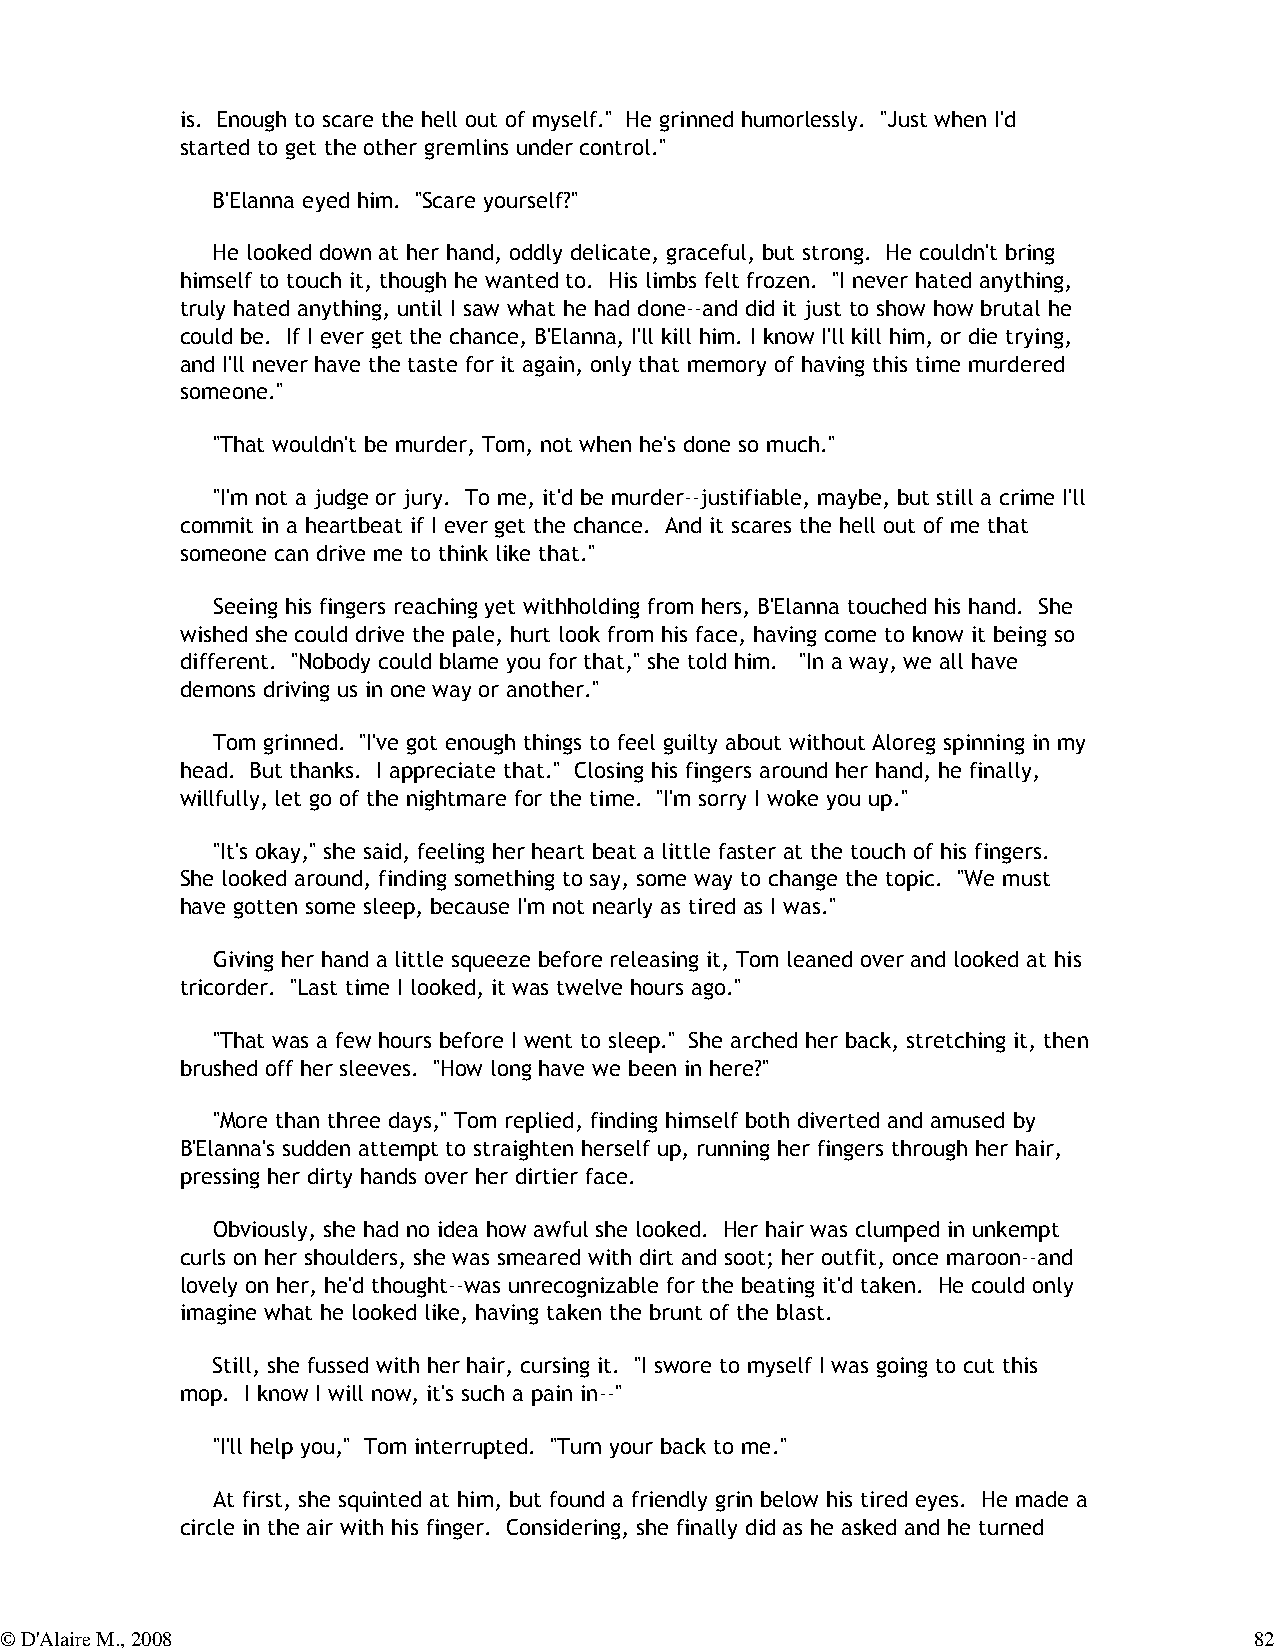
is. Enough to scare the hell out of myself." He grinned humorlessly. "Just when I'd
 started to get the other gremlins under control."
 B'Elanna eyed him. "Scare yourself?"
 He looked down at her hand, oddly delicate, graceful, but strong. He couldn't bring
 himself to touch it, though he wanted to. His limbs felt frozen. "I never hated anything,
 truly hated anything, until I saw what he had done--and did it just to show how brutal he
 could be. If I ever get the chance, B'Elanna, I'll kill him. I know I'll kill him, or die trying,
 and I'll never have the taste for it again, only that memory of having this time murdered
 someone."
 "That wouldn't be murder, Tom, not when he's done so much."
 "I'm not a judge or jury. To me, it'd be murder--justifiable, maybe, but still a crime I'll
 commit in a heartbeat if I ever get the chance. And it scares the hell out of me that
 someone can drive me to think like that."
 Seeing his fingers reaching yet withholding from hers, B'Elanna touched his hand. She
 wished she could drive the pale, hurt look from his face, having come to know it being so
 different. "Nobody could blame you for that," she told him. "In a way, we all have
 demons driving us in one way or another."
 Tom grinned. "I've got enough things to feel guilty about without Aloreg spinning in my
 head. But thanks. I appreciate that." Closing his fingers around her hand, he finally,
 willfully, let go of the nightmare for the time. "I'm sorry I woke you up."
 "It's okay," she said, feeling her heart beat a little faster at the touch of his fingers.
 She looked around, finding something to say, some way to change the topic. "We must
 have gotten some sleep, because I'm not nearly as tired as I was."
 Giving her hand a little squeeze before releasing it, Tom leaned over and looked at his
 tricorder. "Last time I looked, it was twelve hours ago."
 "That was a few hours before I went to sleep." She arched her back, stretching it, then
 brushed off her sleeves. "How long have we been in here?"
 "More than three days," Tom replied, finding himself both diverted and amused by
 B'Elanna's sudden attempt to straighten herself up, running her fingers through her hair,
 pressing her dirty hands over her dirtier face.
 Obviously, she had no idea how awful she looked. Her hair was clumped in unkempt
 curls on her shoulders, she was smeared with dirt and soot; her outfit, once maroon--and
 lovely on her, he'd thought--was unrecognizable for the beating it'd taken. He could only
 imagine what he looked like, having taken the brunt of the blast.
 Still, she fussed with her hair, cursing it. "I swore to myself I was going to cut this
 mop. I know I will now, it's such a pain in--"
 "I'll help you," Tom interrupted. "Turn your back to me."
 At first, she squinted at him, but found a friendly grin below his tired eyes. He made a
 circle in the air with his finger. Considering, she finally did as he asked and he turned
 © D'Alaire M., 2008                                                                82